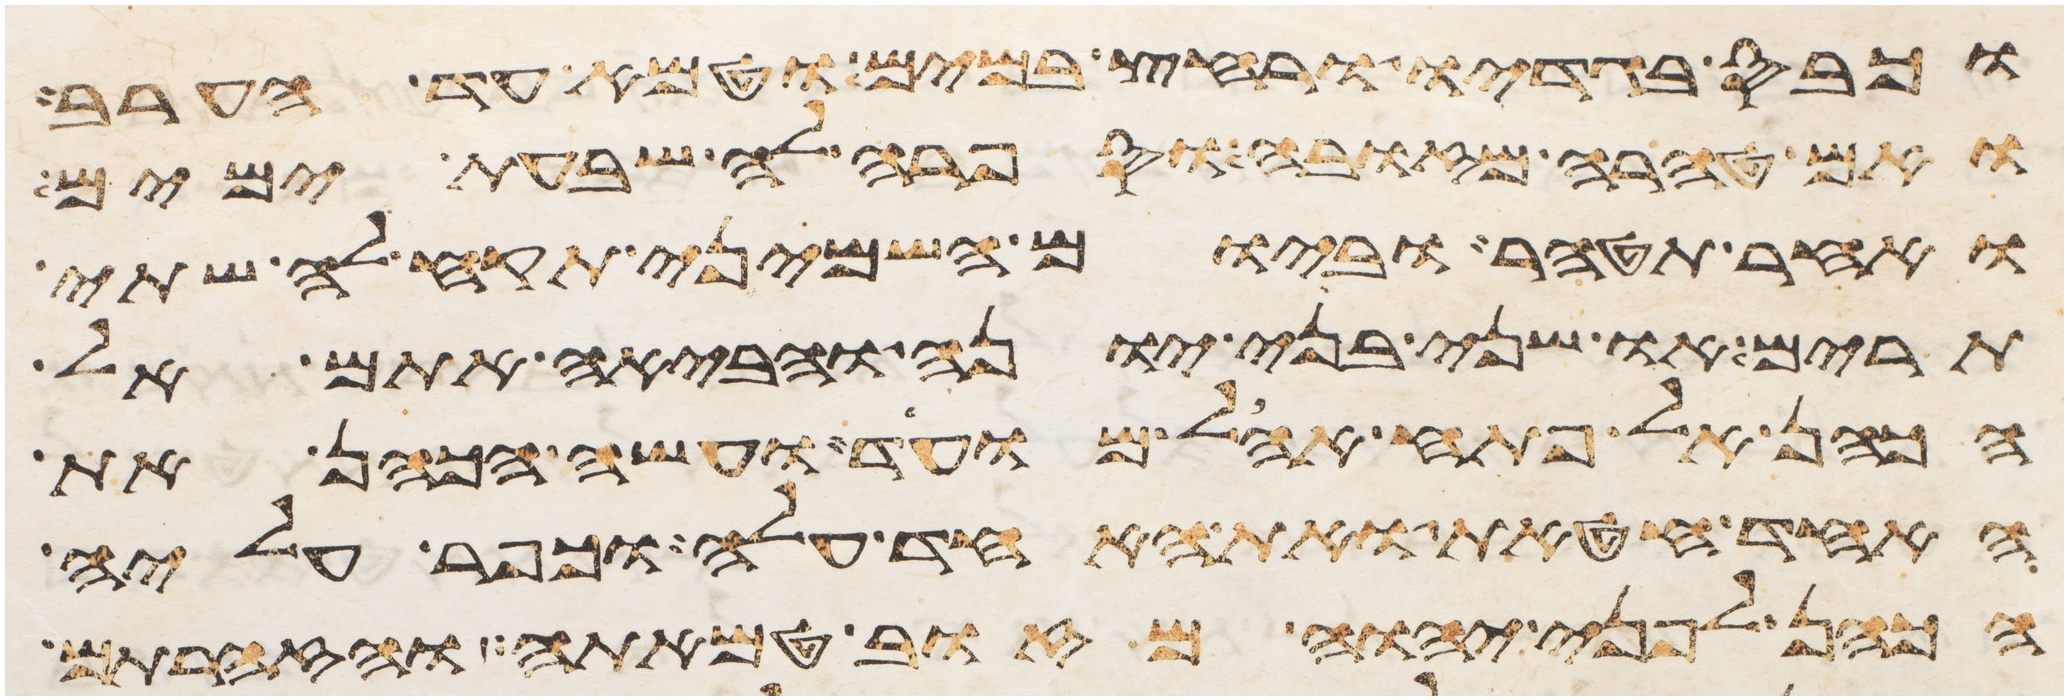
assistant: וכבס בגדיו ורחץ במים וטמא עד הערב
ואם טהרה מזובה וספרה לה שבעת ימים
ואחר תטהר וביום השמיני תקח לה שתי
תרים או שני בני יונה והביאה אתם אל
הכהן אל פתח אהל מועד ועשה הכהן את
האחד חטאת ואת האחד עלה וכפר עליה
הכהן לפני יהוה מזוב טמאתה והזהרתם